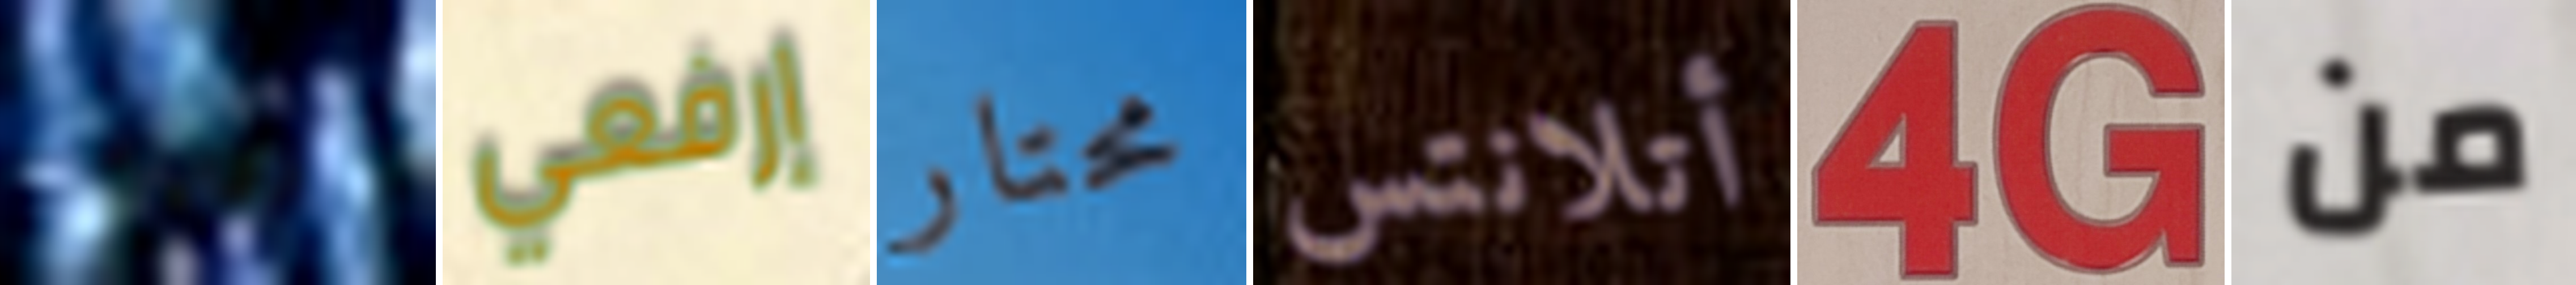
مدراء إرفعي محتار أتلانتس 4G من